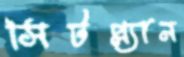
সিটপ্ল্যান